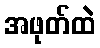
အဖုတ်ထဲ